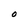
Character: O